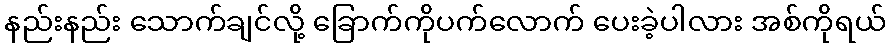
နည်းနည်း သောက်ချင်လို့ ခြောက်ကိုပက်လောက် ပေးခဲ့ပါလား အစ်ကိုရယ်